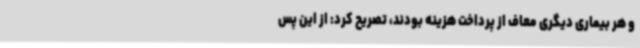
و هر بیماری دیگری معاف از پرداخت هزینه بودند، تصریح کرد: از این پس